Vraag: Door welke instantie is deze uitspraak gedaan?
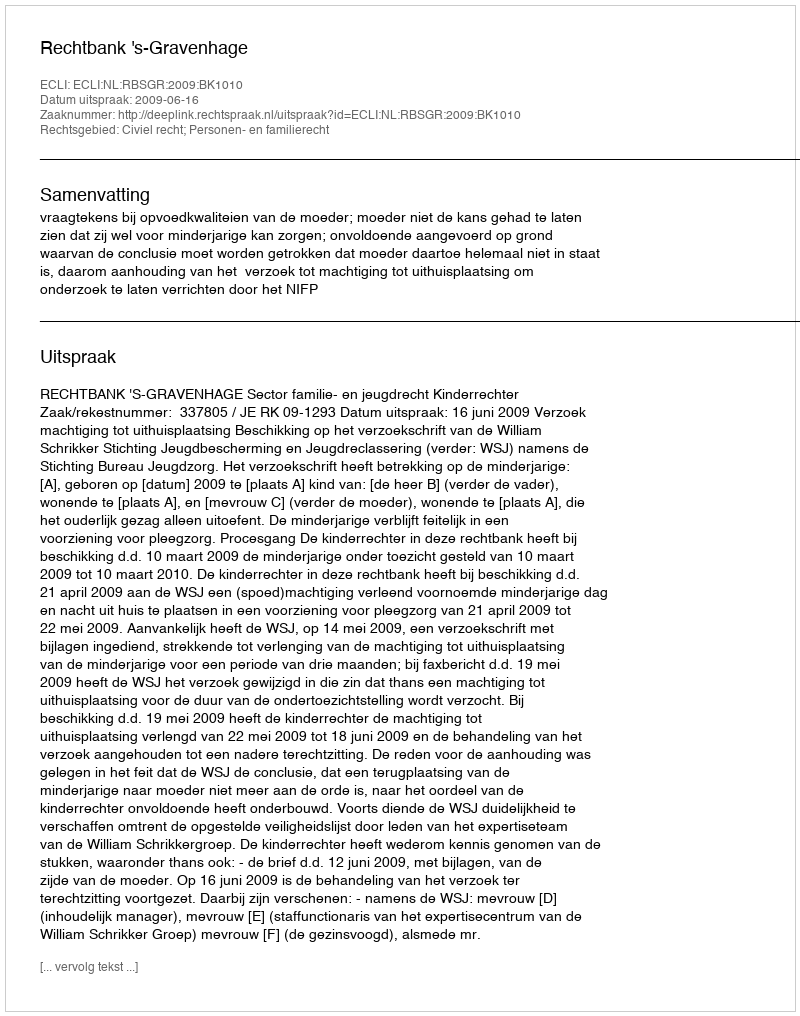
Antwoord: Rechtbank 's-Gravenhage